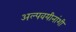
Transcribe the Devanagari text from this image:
अल्पवयीनांशी